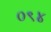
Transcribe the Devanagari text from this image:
०९४